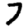
Digit: 7